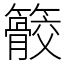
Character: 䉰